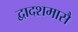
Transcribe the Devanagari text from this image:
द्वादशमासै